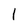
Character: l